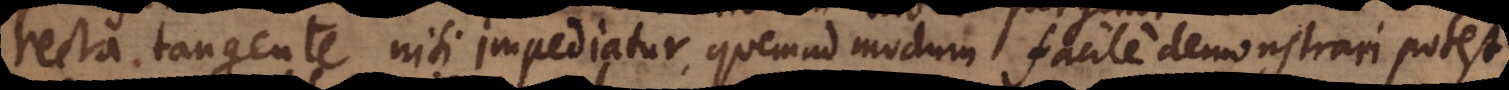
recta tangente, nisi impediatur, quemadmodum facile demonstrari potest,